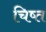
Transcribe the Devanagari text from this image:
चिष्त